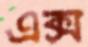
এক্স